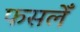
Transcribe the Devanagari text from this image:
फसलेँ